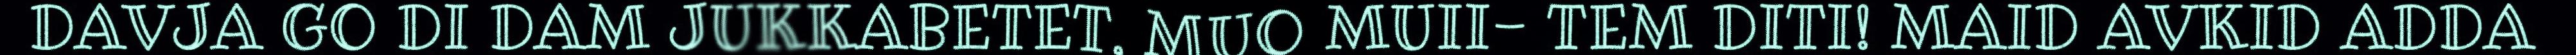
DAVJA GO DI DAM JUKKABETET, MUO MUII- TEM DITI! MAID AVKID ADDA